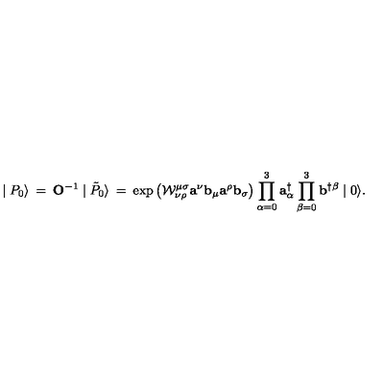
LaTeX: \mid { P } _ { 0 } \rangle \: = \: { \mathbf O ^ { - 1 } } \mid \tilde { P } _ { 0 } \rangle \: = \: \exp \left( { \cal W } _ { \nu \rho } ^ { \mu \sigma } { \mathbf a } ^ { \nu } { \mathbf b } _ { \mu } { \mathbf a } ^ { \rho } { \mathbf b } _ { \sigma } \right) \prod _ { \alpha = 0 } ^ { 3 } { \mathbf a } _ { \alpha } ^ { \dagger } \prod _ { \beta = 0 } ^ { 3 } { \mathbf b } ^ { \dagger \beta } \mid 0 \rangle .